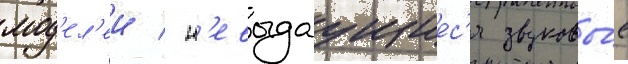
мод'ел'еи / н'евыдаущиес'я звуковы́е